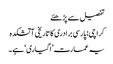
تفصیل سے پڑھئے
کراچی: پارسی برادری کا تاریخی آتشکدہ
یہ عمارت ’اگیاری‘ ہے۔